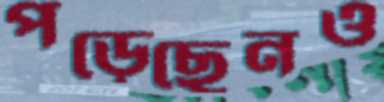
পড়েছেনও